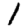
Digit: 1